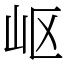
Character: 岖